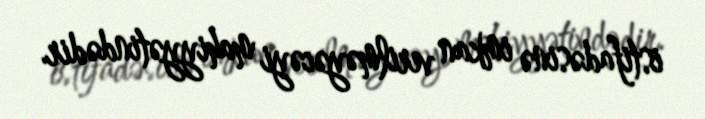
istifadəsinə imkan verilməyəcəyi mahiyyətindədir.